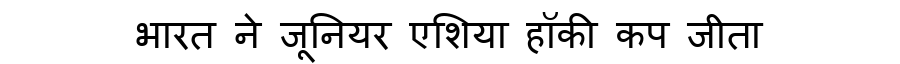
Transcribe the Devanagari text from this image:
भारत ने जूनियर एशिया हॉकी कप जीता